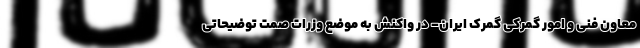
معاون فنی و امور گمرکی گمرک ایران- در واکنش به موضع وزرات صمت توضیحاتی